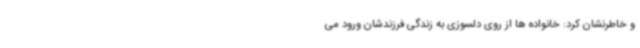
و خاطرنشان کرد: خانواده ها از روی دلسوزی به زندگی فرزندشان ورود می